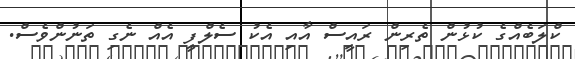
ކްލަބެއްގެ ކުޅުން ތެރިން ރައީސް އާއި އެކު ސެލްފީ އެއް ނެގި ތަނުންވެސް.